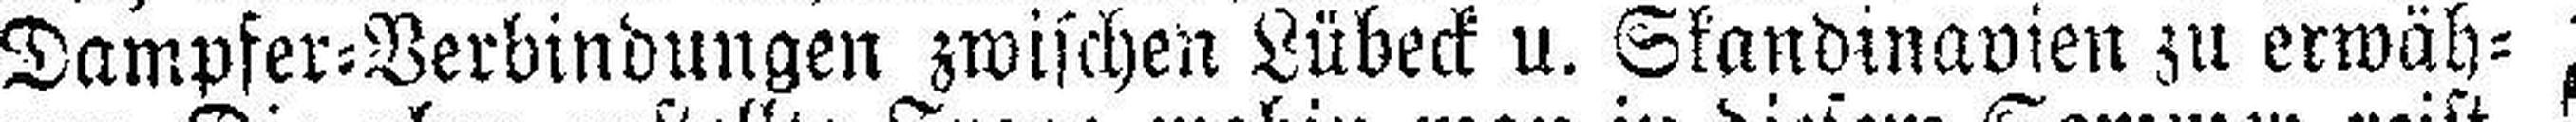
Dampfer=Verbindungen zwischen Lübeck u. Skandinavien zu erwäh¬